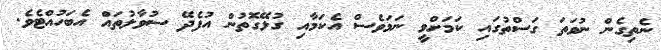
ނެތިގެން ނުވަތަ ގަސްތުގައި ކަމަށްވީ ނަމަވެސް އެކަމާއި ގުޅޭގޮތުން އުފެދޭ ސުވާލުތައް އެބަހުއްޓެވެ.